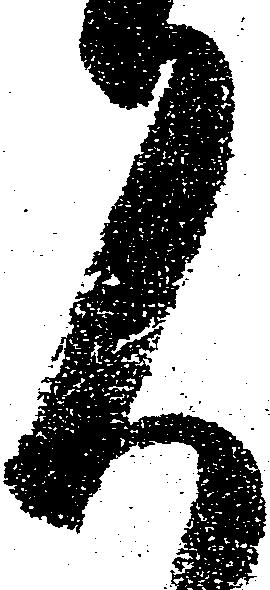
見